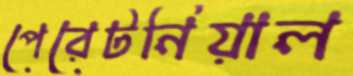
পেরেটনিয়াল